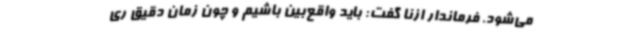
می‌شود. فرماندار ازنا گفت: باید واقع‌بین باشیم و چون زمان دقیق ری